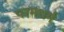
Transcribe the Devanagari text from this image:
परमधर्म